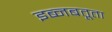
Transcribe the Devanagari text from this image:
इब्‍नबतूता